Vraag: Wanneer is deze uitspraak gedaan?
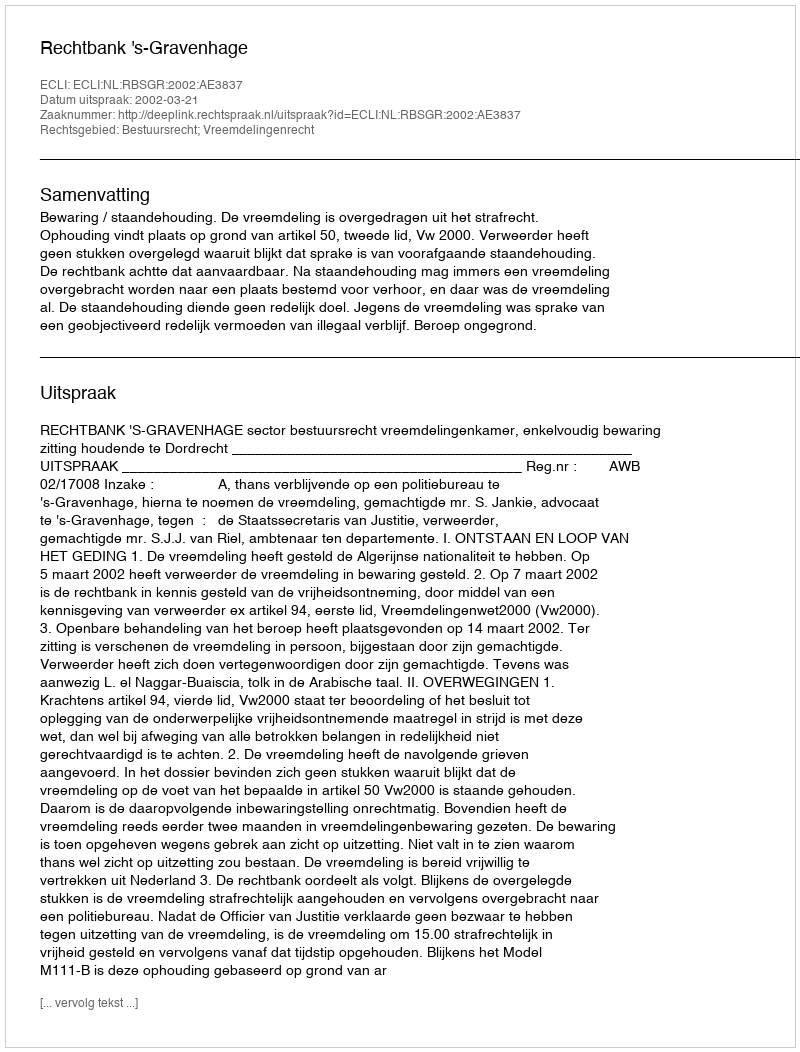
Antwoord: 2002-03-21